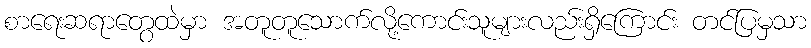
စာရေးဆရာတွေထဲမှာ အတူတူသောက်လို့ကောင်းသူများလည်းရှိကြောင်း တင်ပြမှသာ